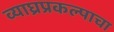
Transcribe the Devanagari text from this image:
व्याघ्रप्रकल्पाचा